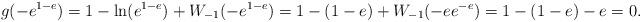
LaTeX: \begin{align*}g(-e^{1-e})=1-\ln(e^{1-e})+W_{-1}(-e^{1-e})=1-(1-e)+W_{-1}(-ee^{-e})=1-(1-e)-e=0.\end{align*}